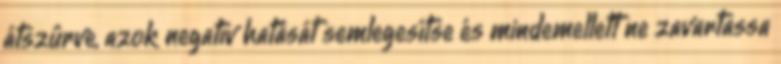
átszûrve, azok negatív hatását semlegesítse és mindemellett ne zavartassa